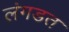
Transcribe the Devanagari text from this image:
लंगडत